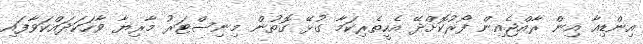
އިންޑިއާ އިން ރާއްޖެއިން ފޯރުކޮށްދޭ އެހީތެރިކަމާ ގުޅޭ ގޮތުން މިނިސްޓަރު މާރިޔާ ވާހަކަދައްކަވާފައި